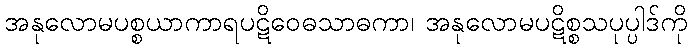
အနုလောမပစ္စယာကာရပဋိဝေဓသာဓကာ၊ အနုလောမပဋိစ္စသပုပ္ပါဒ်ကို